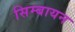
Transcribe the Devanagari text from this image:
सिम्बायन